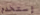
إستخدم